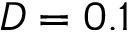
D = 0 . 1